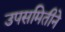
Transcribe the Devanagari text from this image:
उपसमितीने